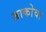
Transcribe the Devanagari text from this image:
जाकोवा